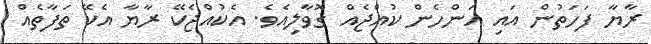
ރާޔާ ފަހަތުން އައި އަންހެން ކުއްޖެއް ގޮވާލިއެވެ. އެކުއްޖެކޭ ރާޔާ އެކޭ ތަފާތެއް